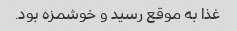
غذا به موقع رسید و خوشمزه بود.